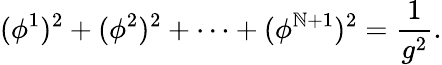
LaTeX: (\phi^{1})^{2}+(\phi^{2})^{2}+\cdots+(\phi^{\mathbb{N}+1})^{2}=\frac{{1}}{{g^{2}}}.